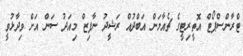
ޓްރާންސްޕޯޓް އޮތީރިޓީގެ ޗެއާމަން އަބްދުއް ރަޝީދު ނާފިޒް މިއަދު ސަން އަށް ވިދާޅުވީ